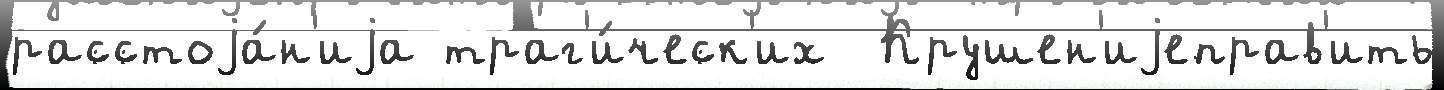
расстоjа́н'иjа траг'и́ческ'их  Крушен'иjеправ'ить